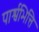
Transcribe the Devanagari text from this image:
पार्श्वभित्ति